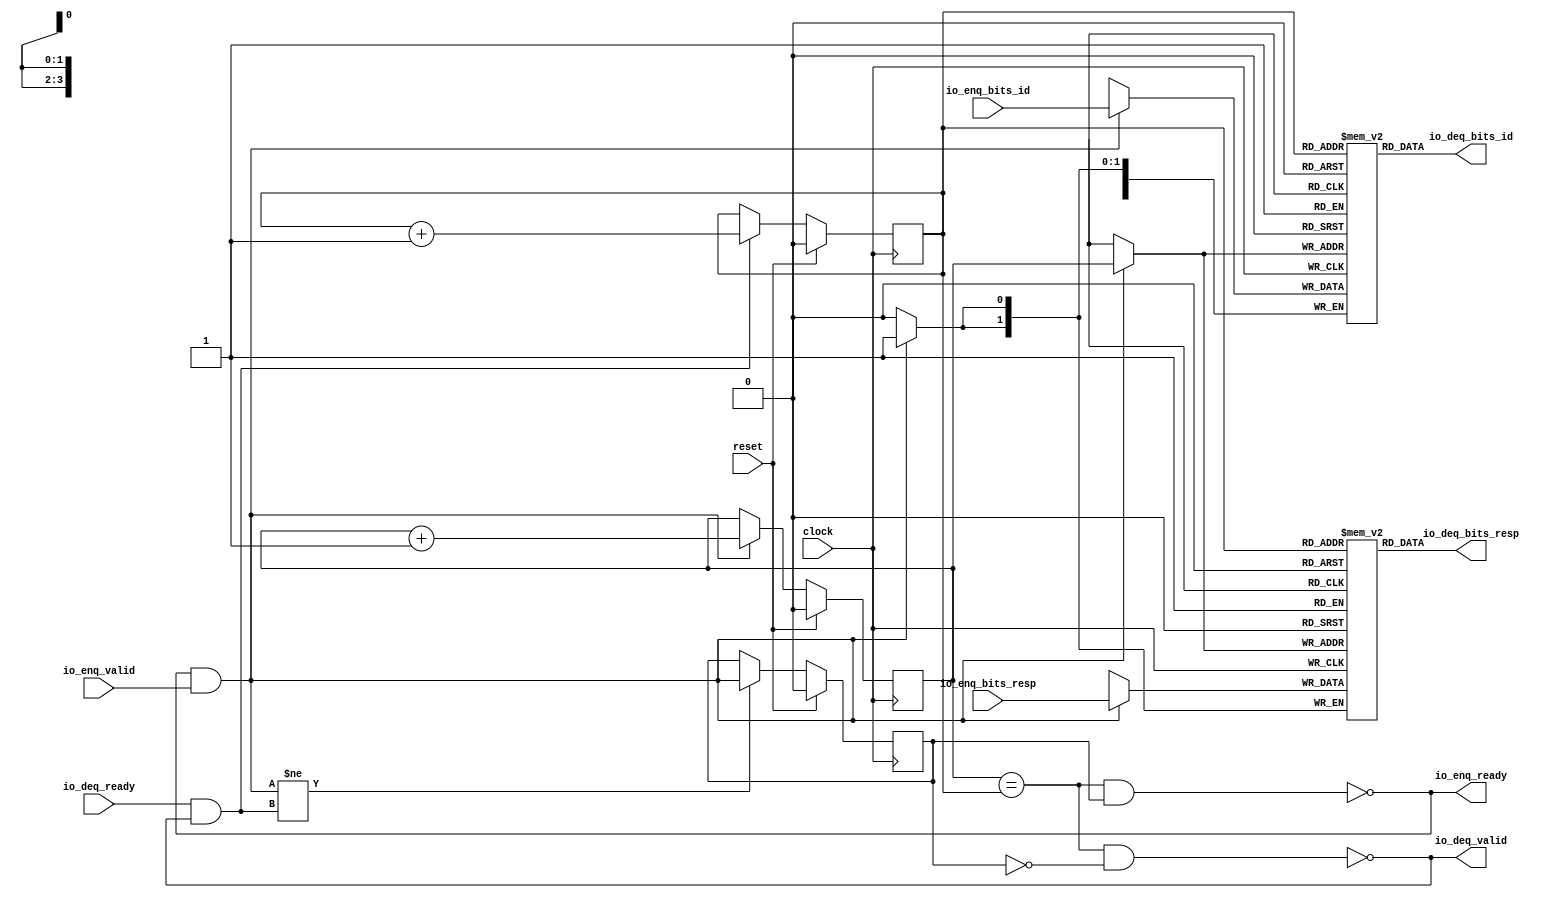
module Queue_2(
  input        clock,
  input        reset,
  output       io_enq_ready,
  input        io_enq_valid,
  input  [3:0] io_enq_bits_id,
  input  [1:0] io_enq_bits_resp,
  input        io_deq_ready,
  output       io_deq_valid,
  output [3:0] io_deq_bits_id,
  output [1:0] io_deq_bits_resp
);
`ifdef RANDOMIZE_MEM_INIT
  reg [31:0] _RAND_0;
  reg [31:0] _RAND_1;
`endif // RANDOMIZE_MEM_INIT
`ifdef RANDOMIZE_REG_INIT
  reg [31:0] _RAND_2;
  reg [31:0] _RAND_3;
  reg [31:0] _RAND_4;
`endif // RANDOMIZE_REG_INIT
  reg [3:0] ram_id [0:1]; // @[Decoupled.scala 218:16]
  wire [3:0] ram_id_io_deq_bits_MPORT_data; // @[Decoupled.scala 218:16]
  wire  ram_id_io_deq_bits_MPORT_addr; // @[Decoupled.scala 218:16]
  wire [3:0] ram_id_MPORT_data; // @[Decoupled.scala 218:16]
  wire  ram_id_MPORT_addr; // @[Decoupled.scala 218:16]
  wire  ram_id_MPORT_mask; // @[Decoupled.scala 218:16]
  wire  ram_id_MPORT_en; // @[Decoupled.scala 218:16]
  reg [1:0] ram_resp [0:1]; // @[Decoupled.scala 218:16]
  wire [1:0] ram_resp_io_deq_bits_MPORT_data; // @[Decoupled.scala 218:16]
  wire  ram_resp_io_deq_bits_MPORT_addr; // @[Decoupled.scala 218:16]
  wire [1:0] ram_resp_MPORT_data; // @[Decoupled.scala 218:16]
  wire  ram_resp_MPORT_addr; // @[Decoupled.scala 218:16]
  wire  ram_resp_MPORT_mask; // @[Decoupled.scala 218:16]
  wire  ram_resp_MPORT_en; // @[Decoupled.scala 218:16]
  reg  value; // @[Counter.scala 60:40]
  reg  value_1; // @[Counter.scala 60:40]
  reg  maybe_full; // @[Decoupled.scala 221:27]
  wire  ptr_match = value == value_1; // @[Decoupled.scala 223:33]
  wire  empty = ptr_match & (~maybe_full); // @[Decoupled.scala 224:25]
  wire  full = ptr_match & maybe_full; // @[Decoupled.scala 225:24]
  wire  do_enq = io_enq_ready & io_enq_valid; // @[Decoupled.scala 40:37]
  wire  do_deq = io_deq_ready & io_deq_valid; // @[Decoupled.scala 40:37]
  wire  _value_T_1 = value + 1'h1; // @[Counter.scala 76:24]
  wire  _value_1_T_1 = value_1 + 1'h1; // @[Counter.scala 76:24]
  wire  _T = do_enq != do_deq; // @[Decoupled.scala 236:16]
  assign ram_id_io_deq_bits_MPORT_addr = value_1;
  assign ram_id_io_deq_bits_MPORT_data = ram_id[ram_id_io_deq_bits_MPORT_addr]; // @[Decoupled.scala 218:16]
  assign ram_id_MPORT_data = io_enq_bits_id;
  assign ram_id_MPORT_addr = value;
  assign ram_id_MPORT_mask = 1'h1;
  assign ram_id_MPORT_en = io_enq_ready & io_enq_valid;
  assign ram_resp_io_deq_bits_MPORT_addr = value_1;
  assign ram_resp_io_deq_bits_MPORT_data = ram_resp[ram_resp_io_deq_bits_MPORT_addr]; // @[Decoupled.scala 218:16]
  assign ram_resp_MPORT_data = io_enq_bits_resp;
  assign ram_resp_MPORT_addr = value;
  assign ram_resp_MPORT_mask = 1'h1;
  assign ram_resp_MPORT_en = io_enq_ready & io_enq_valid;
  assign io_enq_ready = ~full; // @[Decoupled.scala 241:19]
  assign io_deq_valid = ~empty; // @[Decoupled.scala 240:19]
  assign io_deq_bits_id = ram_id_io_deq_bits_MPORT_data; // @[Decoupled.scala 242:15]
  assign io_deq_bits_resp = ram_resp_io_deq_bits_MPORT_data; // @[Decoupled.scala 242:15]
  always @(posedge clock) begin
    if(ram_id_MPORT_en & ram_id_MPORT_mask) begin
      ram_id[ram_id_MPORT_addr] <= ram_id_MPORT_data; // @[Decoupled.scala 218:16]
    end
    if(ram_resp_MPORT_en & ram_resp_MPORT_mask) begin
      ram_resp[ram_resp_MPORT_addr] <= ram_resp_MPORT_data; // @[Decoupled.scala 218:16]
    end
    if (reset) begin // @[Counter.scala 60:40]
      value <= 1'h0; // @[Counter.scala 60:40]
    end else if (do_enq) begin // @[Decoupled.scala 229:17]
      value <= _value_T_1; // @[Counter.scala 76:15]
    end
    if (reset) begin // @[Counter.scala 60:40]
      value_1 <= 1'h0; // @[Counter.scala 60:40]
    end else if (do_deq) begin // @[Decoupled.scala 233:17]
      value_1 <= _value_1_T_1; // @[Counter.scala 76:15]
    end
    if (reset) begin // @[Decoupled.scala 221:27]
      maybe_full <= 1'h0; // @[Decoupled.scala 221:27]
    end else if (_T) begin // @[Decoupled.scala 236:28]
      maybe_full <= do_enq; // @[Decoupled.scala 237:16]
    end
  end
// Register and memory initialization
`ifdef RANDOMIZE_GARBAGE_ASSIGN
`define RANDOMIZE
`endif
`ifdef RANDOMIZE_INVALID_ASSIGN
`define RANDOMIZE
`endif
`ifdef RANDOMIZE_REG_INIT
`define RANDOMIZE
`endif
`ifdef RANDOMIZE_MEM_INIT
`define RANDOMIZE
`endif
`ifndef RANDOM
`define RANDOM $random
`endif
`ifdef RANDOMIZE_MEM_INIT
  integer initvar;
`endif
`ifndef SYNTHESIS
`ifdef FIRRTL_BEFORE_INITIAL
`FIRRTL_BEFORE_INITIAL
`endif
initial begin
  `ifdef RANDOMIZE
    `ifdef INIT_RANDOM
      `INIT_RANDOM
    `endif
    `ifndef VERILATOR
      `ifdef RANDOMIZE_DELAY
        #`RANDOMIZE_DELAY begin end
      `else
        #0.002 begin end
      `endif
    `endif
`ifdef RANDOMIZE_MEM_INIT
  _RAND_0 = {1{`RANDOM}};
  for (initvar = 0; initvar < 2; initvar = initvar+1)
    ram_id[initvar] = _RAND_0[3:0];
  _RAND_1 = {1{`RANDOM}};
  for (initvar = 0; initvar < 2; initvar = initvar+1)
    ram_resp[initvar] = _RAND_1[1:0];
`endif // RANDOMIZE_MEM_INIT
`ifdef RANDOMIZE_REG_INIT
  _RAND_2 = {1{`RANDOM}};
  value = _RAND_2[0:0];
  _RAND_3 = {1{`RANDOM}};
  value_1 = _RAND_3[0:0];
  _RAND_4 = {1{`RANDOM}};
  maybe_full = _RAND_4[0:0];
`endif // RANDOMIZE_REG_INIT
  `endif // RANDOMIZE
end // initial
`ifdef FIRRTL_AFTER_INITIAL
`FIRRTL_AFTER_INITIAL
`endif
`endif // SYNTHESIS
endmodule